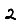
Digit: 2